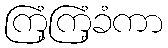
ကြံ့ကြံ့ခံကာ